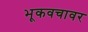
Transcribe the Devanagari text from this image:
भूकवचावर